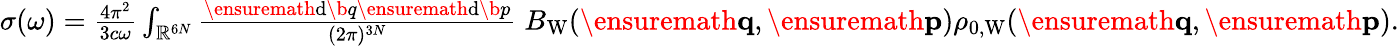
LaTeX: \begin{array}{r}{\sigma(\omega)=\frac{4\pi^{2}}{3c\omega}\int_{\mathbb{R}^{6N}}\frac{\ensuremath{\mathrm{d}}\b{q}\ensuremath{\mathrm{d}}\b{p}}{(2\pi)^{3N}}\; B_{\mathrm{W}}(\ensuremath{\mathbf{q}},\ensuremath{\mathbf{p}})\rho_{0,\mathrm{W}}(\ensuremath{\mathbf{q}},\ensuremath{\mathbf{p}}).}\end{array}